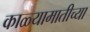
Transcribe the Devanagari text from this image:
काळ्यामातीच्या